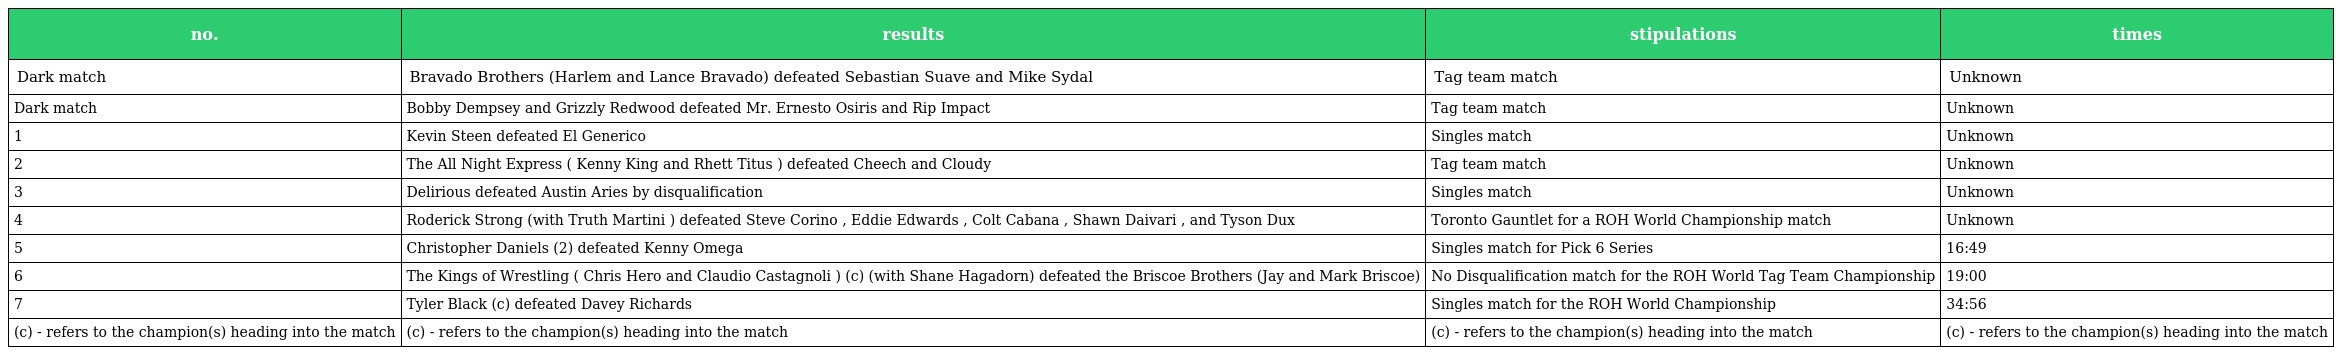
| no. | results | stipulations | times |
 | --- | --- | --- | --- |
 | Dark match | Bravado Brothers (Harlem and Lance Bravado) defeated Sebastian Suave and Mike Sydal | Tag team match | Unknown |
 | Dark match | Bobby Dempsey and Grizzly Redwood defeated Mr. Ernesto Osiris and Rip Impact | Tag team match | Unknown |
 | 1 | Kevin Steen defeated El Generico | Singles match | Unknown |
 | 2 | The All Night Express ( Kenny King and Rhett Titus ) defeated Cheech and Cloudy | Tag team match | Unknown |
 | 3 | Delirious defeated Austin Aries by disqualification | Singles match | Unknown |
 | 4 | Roderick Strong (with Truth Martini ) defeated Steve Corino , Eddie Edwards , Colt Cabana , Shawn Daivari , and Tyson Dux | Toronto Gauntlet for a ROH World Championship match | Unknown |
 | 5 | Christopher Daniels (2) defeated Kenny Omega | Singles match for Pick 6 Series | 16:49 |
 | 6 | The Kings of Wrestling ( Chris Hero and Claudio Castagnoli ) (c) (with Shane Hagadorn) defeated the Briscoe Brothers (Jay and Mark Briscoe) | No Disqualification match for the ROH World Tag Team Championship | 19:00 |
 | 7 | Tyler Black (c) defeated Davey Richards | Singles match for the ROH World Championship | 34:56 |
 | (c) - refers to the champion(s) heading into the match | (c) - refers to the champion(s) heading into the match | (c) - refers to the champion(s) heading into the match | (c) - refers to the champion(s) heading into the match |